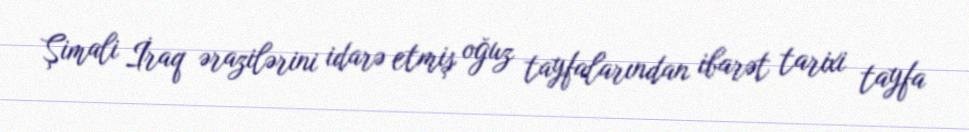
Şimali İraq ərazilərini idarə etmiş oğuz tayfalarından ibarət tarixi tayfa